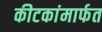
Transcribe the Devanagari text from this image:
कीटकांमार्फत